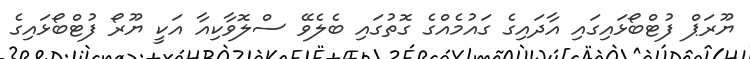
ޔޫރަޕް ފުޓްބޯޅައިގައި އާދައިގެ ގައުމެއްގެ ގޮތުގައި ބެލެވޭ ސްލޮވާކިއާ އަކީ ޔޫރޯ ފުޓްބޯޅައިގެ